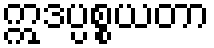
ဣဒပ္ပစ္စယတာ